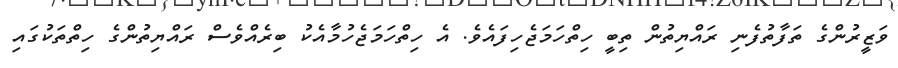
ވަޒީރުންގެ ތަފާތުފެނި ރައްޔިތުން ތިބީ ހިތްހަމަޖެހިފައެވެ. އެ ހިތްހަމަޖެހުމާއެކު ބިރެެއްވެސް ރައްޔިތުންގެ ހިތްތަކުގައި